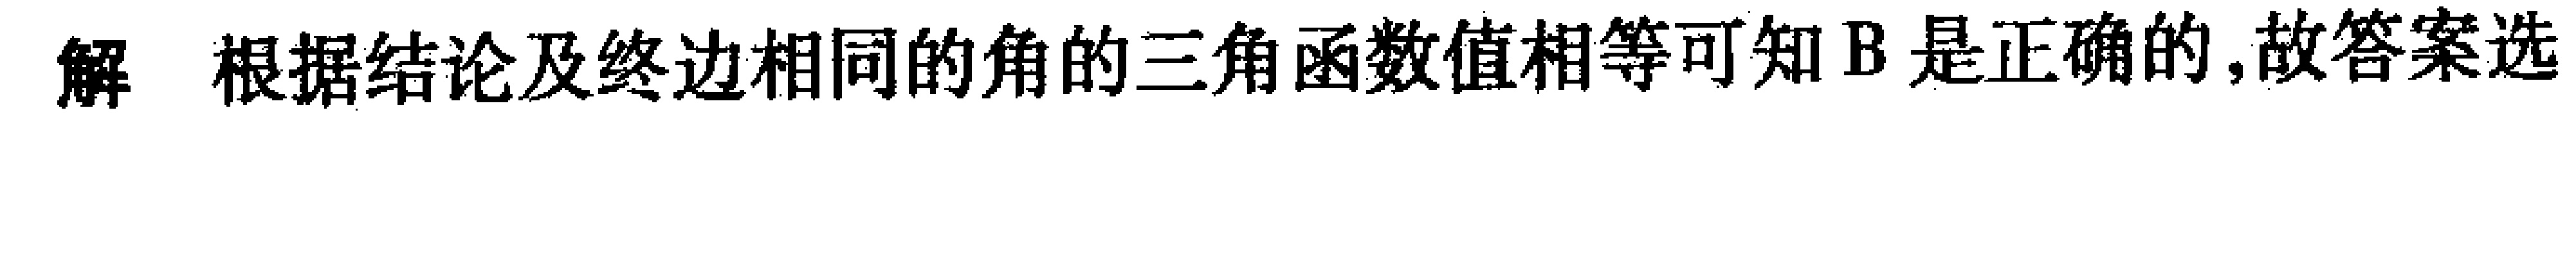
解 根据结论及终边相同的角的三角函数值相等可知B是正确的,故答案选